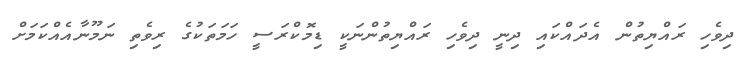
ދިވެހި ރައްޔިތުން އެދައްކައި ދިނީ ދިވެހި ރައްޔިތުންނަކީ ޑިމޮކްރަސީ ހަމަތަކުގެ ރިވެތި ނަމޫނާއެއްކަމަށް